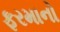
ફરમાનો